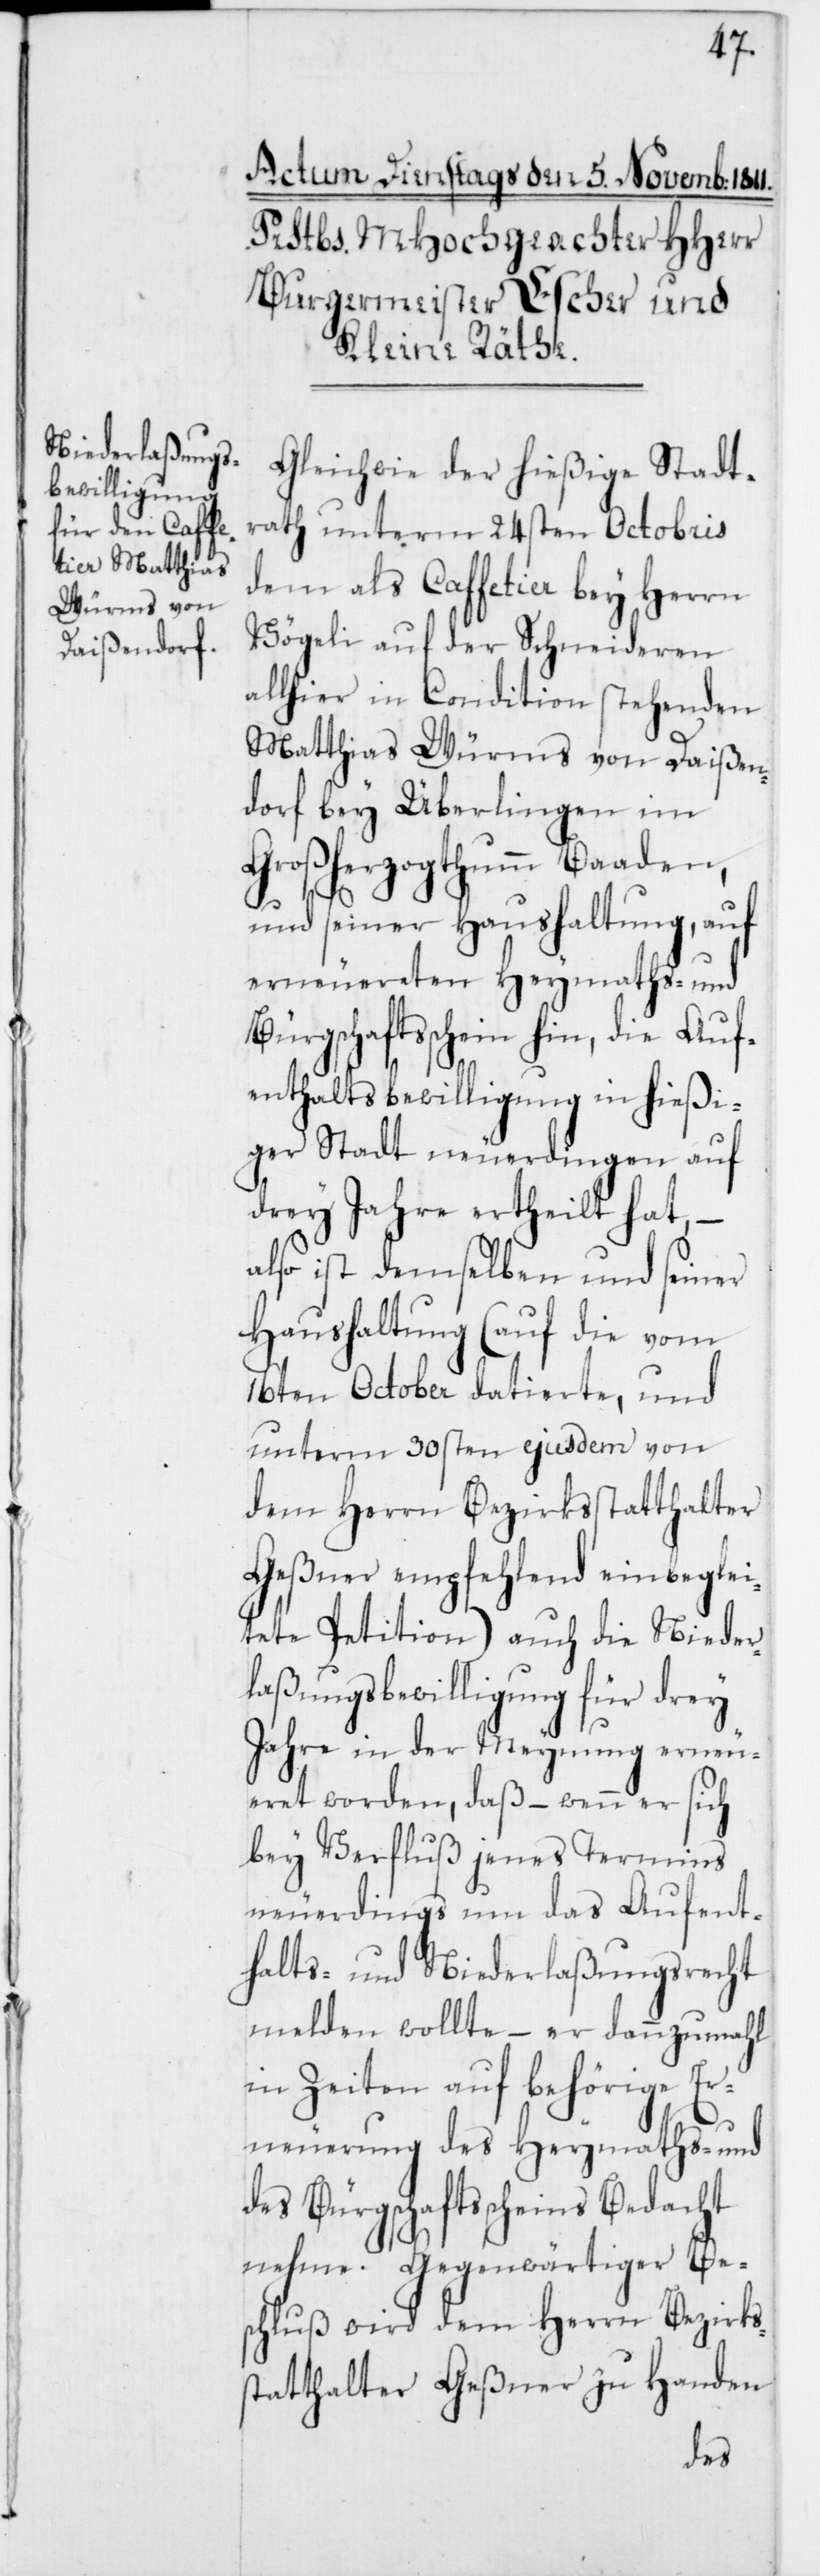
Gleichwie der hießige Stadt¬
rath unterm 24sten Octobris
dem als Caffetier bey Herrn
Vögeli auf der Schneideren
allhier in Condition stehenden
Matthias Würms von Daißen¬
dorf bey Überlingen im
Großherzogthum Baaden,
Be¬
und seiner Haushaltung, auf
erneuereten Heymaths- und
Bürgschaftsschein hin, die Auf¬
enthaltsbewilligung in hießi¬
ger Stadt neuerdingen auf
drey Jahre ertheilt hat, –
also ist demselben und seiner
Haushaltung (auf die vom
16ten October datierte, und
unterm 30sten ejusdem von
dem Herrn Bezirksstatthalter
Geßner empfehlend einbeglei¬
tete Petition) auch die Nieder¬
laßungsbewilligung für drey
Jahre in der Meynung erneu¬
eret worden, daß – wenn er sich
bey Verfluß jenes Termins
neuerdings um das Aufent¬
halts- und Niederlaßungsrecht
melden wollte, – er dannzumal
in Zeiten auf behörige Er¬
neuerung des Heymaths- und
des Bürgschaftsscheins Bedacht
schluß wird dem Herrn Bezirks¬
statthalter Geßner zu Handen